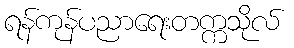
ရန်ကုန်ပညာရေးတက္ကသိုလ်